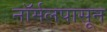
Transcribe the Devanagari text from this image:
नॉर्मलपासून